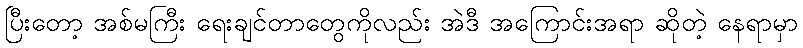
ပြီးတော့ အစ်မကြီး ရေးချင်တာတွေကိုလည်း အဲဒီ အကြောင်းအရာ ဆိုတဲ့ နေရာမှာ